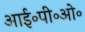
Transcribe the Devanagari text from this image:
आई॰पी॰ओ॰